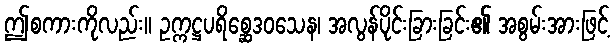
ဤစကားကိုလည်း။ ဥက္ကဋ္ဌပရိစ္ဆေဒဝသေန၊ အလွန်ပိုင်းခြားခြင်း၏ အစွမ်းအားဖြင့်